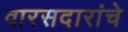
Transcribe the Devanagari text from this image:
वारसदारांचे